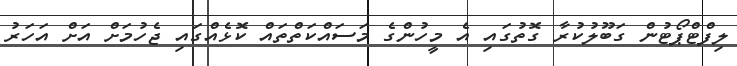
ލިފްޓްޕޯޓުން ގަބޫލުކުރާ ގޮތުގައި އެ މީހުންގެ މަސައްކަތްތައް ކޮޅެއްގައި ޖެހުމަށް އަށް އަހަރު